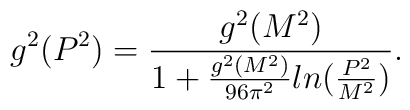
g^2(P^2) = \frac{g^2(M^2)}{1+\frac{g^2(M^2)}{96\pi^2} ln(\frac{P^2}{M^2})}.